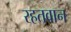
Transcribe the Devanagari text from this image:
रहतवान